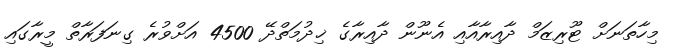
މިހާތަނަށް ޓޫރިޒަމް ދާއިރާއާއި އެނޫން ދާއިރާގެ ޚިދުމަތްދޭ 4500 އަށްވުރެ ގިނަފަރާތް މީރާގައި